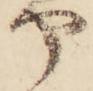
や